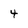
Character: 4